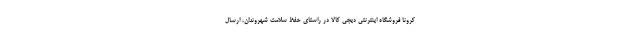
کرونا فروشگاه اینترنتی دیجی کالا در راستای حفظ سلامت شهروندان، ارسال